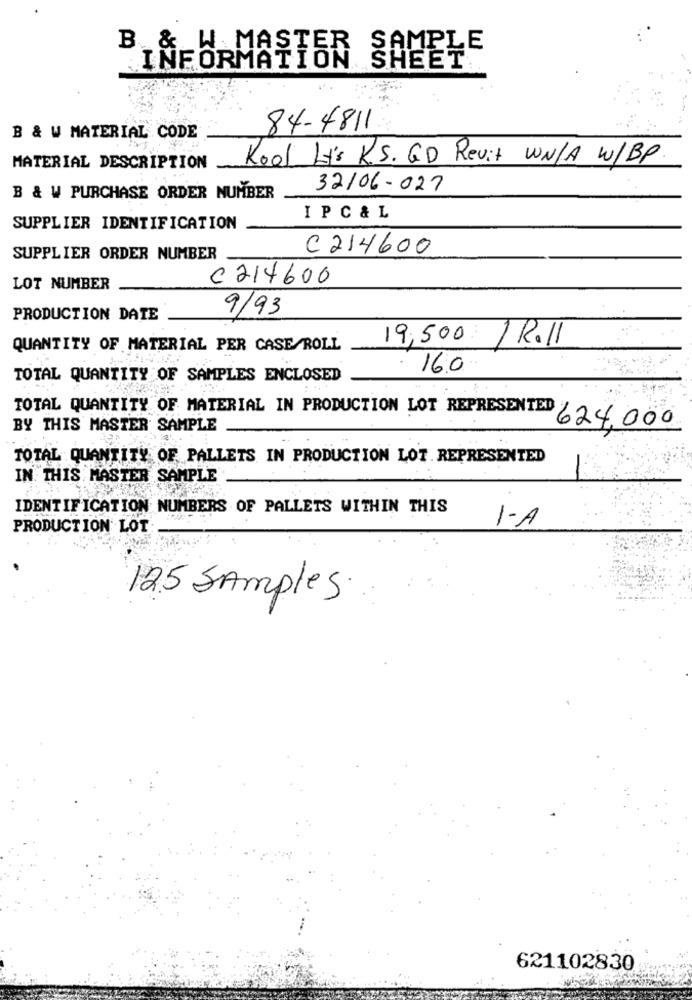
B & W MASTER
SAMPLE
INFORMATION SHEET
84-4811
B & W MATERIAL CODE
Kool Lt's R.S. GD Revit WN/A W/BP
MATERIAL DESCRIPTION
32/06-027
B & W PURCHASE ORDER NUMBER
I PC & L
SUPPLIER IDENTIFICATION
C 214600
SUPPLIER ORDER NUMBER
C214600
LOT NUMBER
9/93
PRODUCTION DATE
19,500
1 R.11
QUANTITY OF MATERIAL PER CASE/ROLL
TOTAL QUANTITY OF SAMPLES ENCLOSED
16.0
TOTAL QUANTITY OF MATERIAL IN PRODUCTION LOT REPRESENTED
BY THIS MASTER SAMPLE
624,000
TOTAL QUANTITY OF PALLETS IN PRODUCTION LOT. REPRESENTED
IN THIS MASTER SAMPLE
IDENTIFICATION NUMBERS OF PALLETS WITHIN THIS
PRODUCTION LOT
1-A
12.5 Samples.
621102830